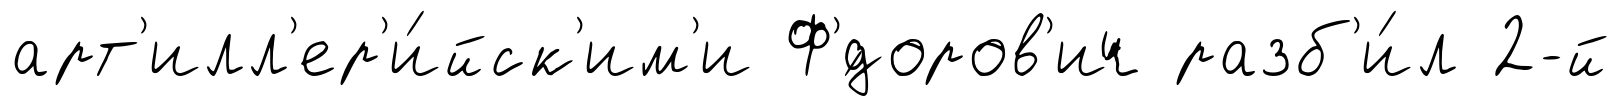
арт'илл'ер'и́йск'им'и Ф'́доров'ич разб'и́л 2-й